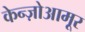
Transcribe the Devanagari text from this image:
केन्ज़ोआमूर